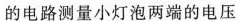
的电路测量小灯泡两端的电压